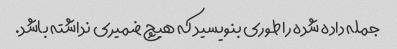
جمله داده شده را طوری بنویسید که هیچ ضمیری نداشته باشد.